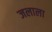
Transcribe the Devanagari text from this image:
जलाला